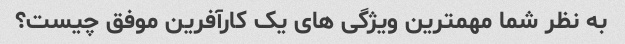
به نظر شما مهمترین ویژگی های یک کارآفرین موفق چیست؟